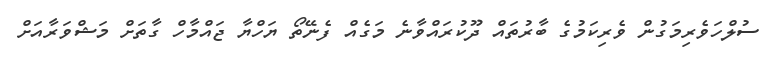
ސުލްހަވެރިމަގުން ވެރިކަމުގެ ބާރުތައް ދޫކުރައްވާނެ މަގެއް ފެނޭތޯ ޔަހްޔާ ޖައްމާހް ގާތަށް މަޝްވަރާއަށް